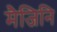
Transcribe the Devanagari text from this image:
मैजिनि